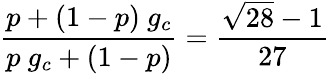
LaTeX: {\frac{p+(1-p)\ g_{c}}{p\ g_{c}+(1-p)}}={\frac{\sqrt{28}-1}{27}}